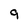
Character: 9